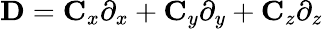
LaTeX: {\mathbf{D}}={{\mathbf{C}}_{x}}{\partial_{x}}+{{\mathbf{C}}_{y}}{\partial_{y}}+{{\mathbf{C}}_{z}}{\partial_{z}}